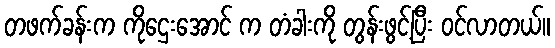
တဖက်ခန်းက ကိုဌေးအောင် က တံခါးကို တွန်းဖွင့်ပြီး ဝင်လာတယ်။